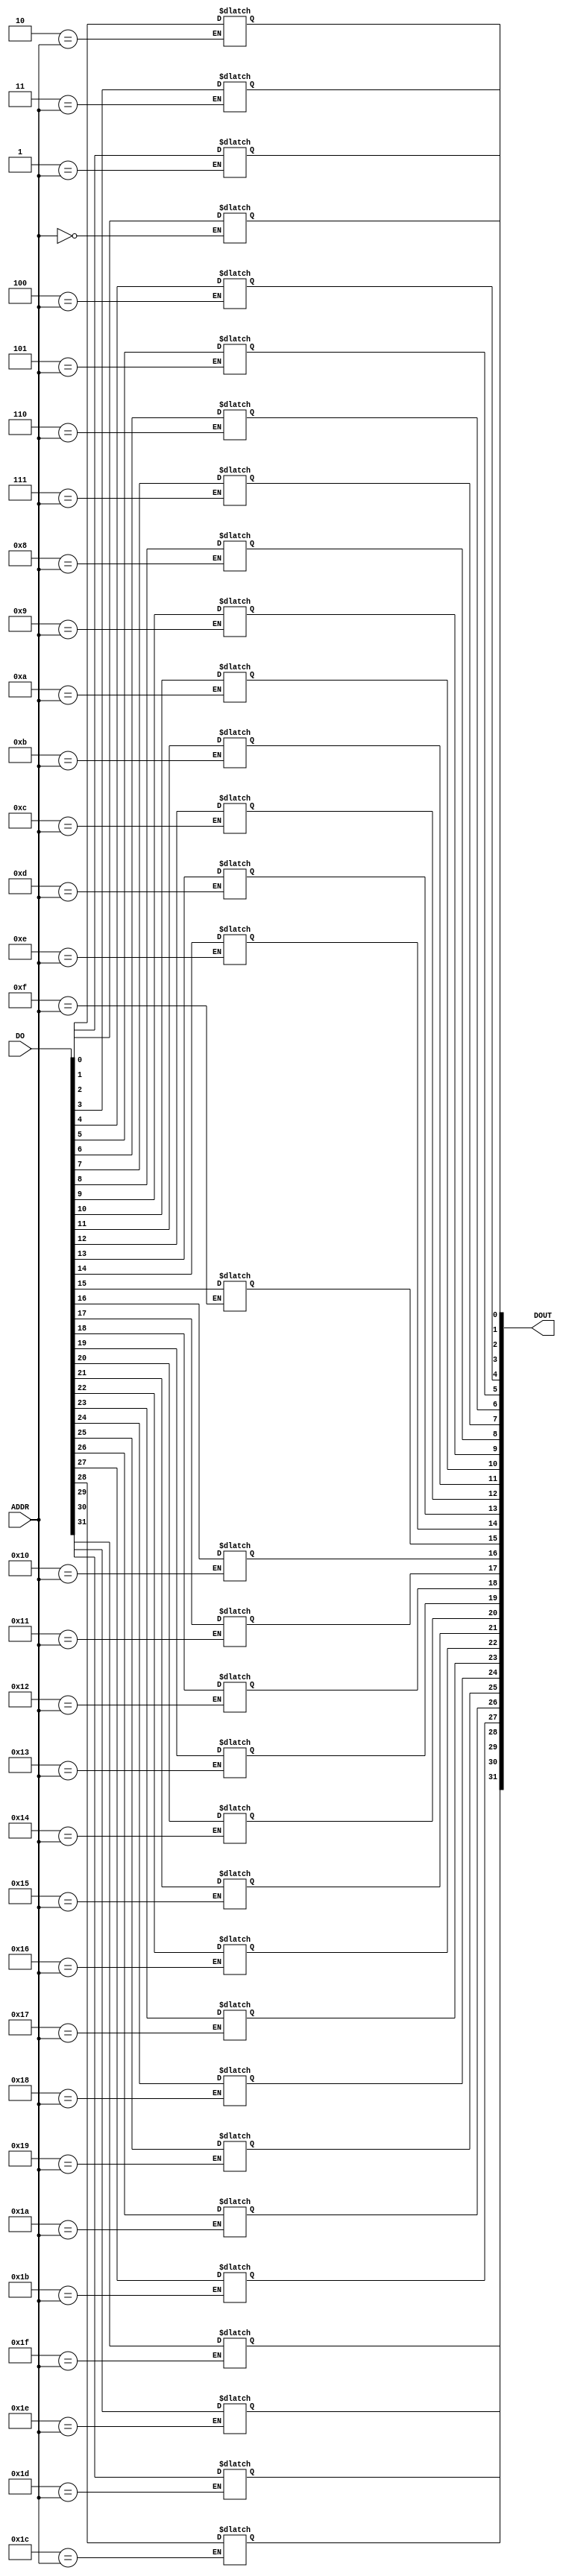
/****************************************************************************************

	File name    : 
	LastEditors  : H
	LastEditTime : 2021-09-26 15:28:09
	Last Version : 1.0
	Description  : 
	
	----------------------------------------------------------------------------------------
	
	Author       : H
	Date         : 2021-09-26 15:28:08
	FilePath     : \MIPS_32_bit\rtl\MUX.v
	Copyright 2021 H, All Rights Reserved. 

****************************************************************************************/
module MUX (
    input   [4:0]       ADDR,
    input   [31:0]      DO,

    output  reg [31:0]  DOUT
);
    integer i;
    always @(*) begin
        for (i = 0; i < 32; i = i + 1) begin
            if (i == ADDR) begin
                DOUT[i] = DO[i];
            end
                // ???
            else
                DOUT[i] = DOUT[i];
        end
    end
endmodule